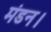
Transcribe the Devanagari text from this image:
मंडन।